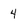
Character: 4